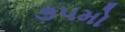
૭૫મો